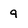
Character: 9